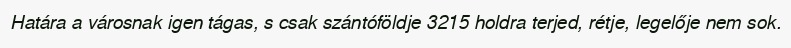
Határa a városnak igen tágas, s csak szántóföldje 3215 holdra terjed, rétje, legelője nem sok.